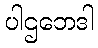
ပါဌဘေဒါ